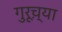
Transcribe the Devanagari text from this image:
गुरूच़्या